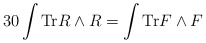
\begin{align*}30\int {{\rm Tr}R\wedge R}=\int {{\rm Tr}F\wedge F}\end{align*}